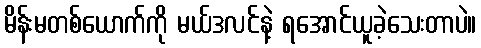
မိန်းမတစ်ယောက်ကို မယ်ဒလင်နဲ့ ရအောင်ယူခဲ့သေးတာပဲ။